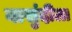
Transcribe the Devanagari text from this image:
बासुंदीला